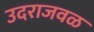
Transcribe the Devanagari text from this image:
उदराजवळ